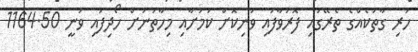
ހުރި ގާތަކެއްގެ ތެރޭގައި ފޮރުވާފައި ވަނިކޮށް ކަމަށާއި މިހާތަނަށް ހޯދިފައި ވަނީ 1164.50